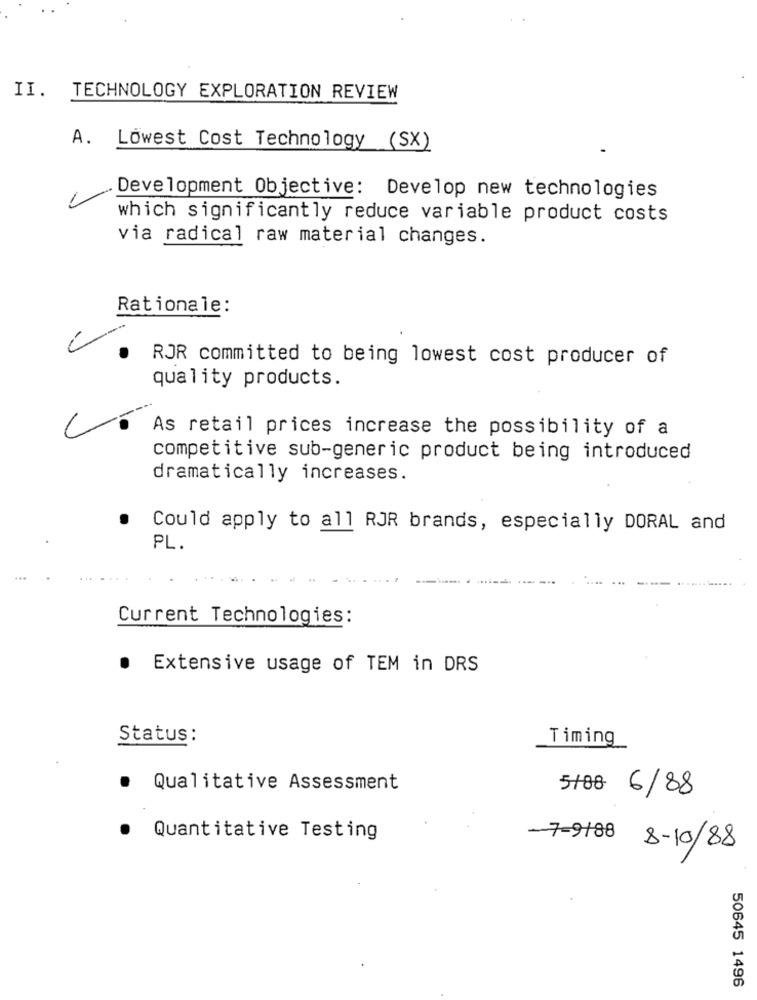
II.
TECHNOLOGY EXPLORATION REVIEW
A. Lowest Cost Technology (SX)
L
Development Objective: Develop new technologies
which significantly reduce variable product costs
via radical raw material changes.
Rationale:
RJR committed to being lowest cost producer of
quality products.
As retail prices increase the possibility of a
competitive sub-generic product being introduced
dramatically increases.
. Could apply to all RJR brands, especially DORAL and
PL.
Current Technologies:
.
Extensive usage of TEM in DRS
Status :
Timing
· Qualitative Assessment
5/08 6/88
Quantitative Testing
-7-9188
8-10/88
50645 1496